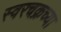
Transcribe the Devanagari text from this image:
स्वरचक्रच्या